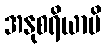
အနုစရိယာပိ